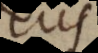
eus